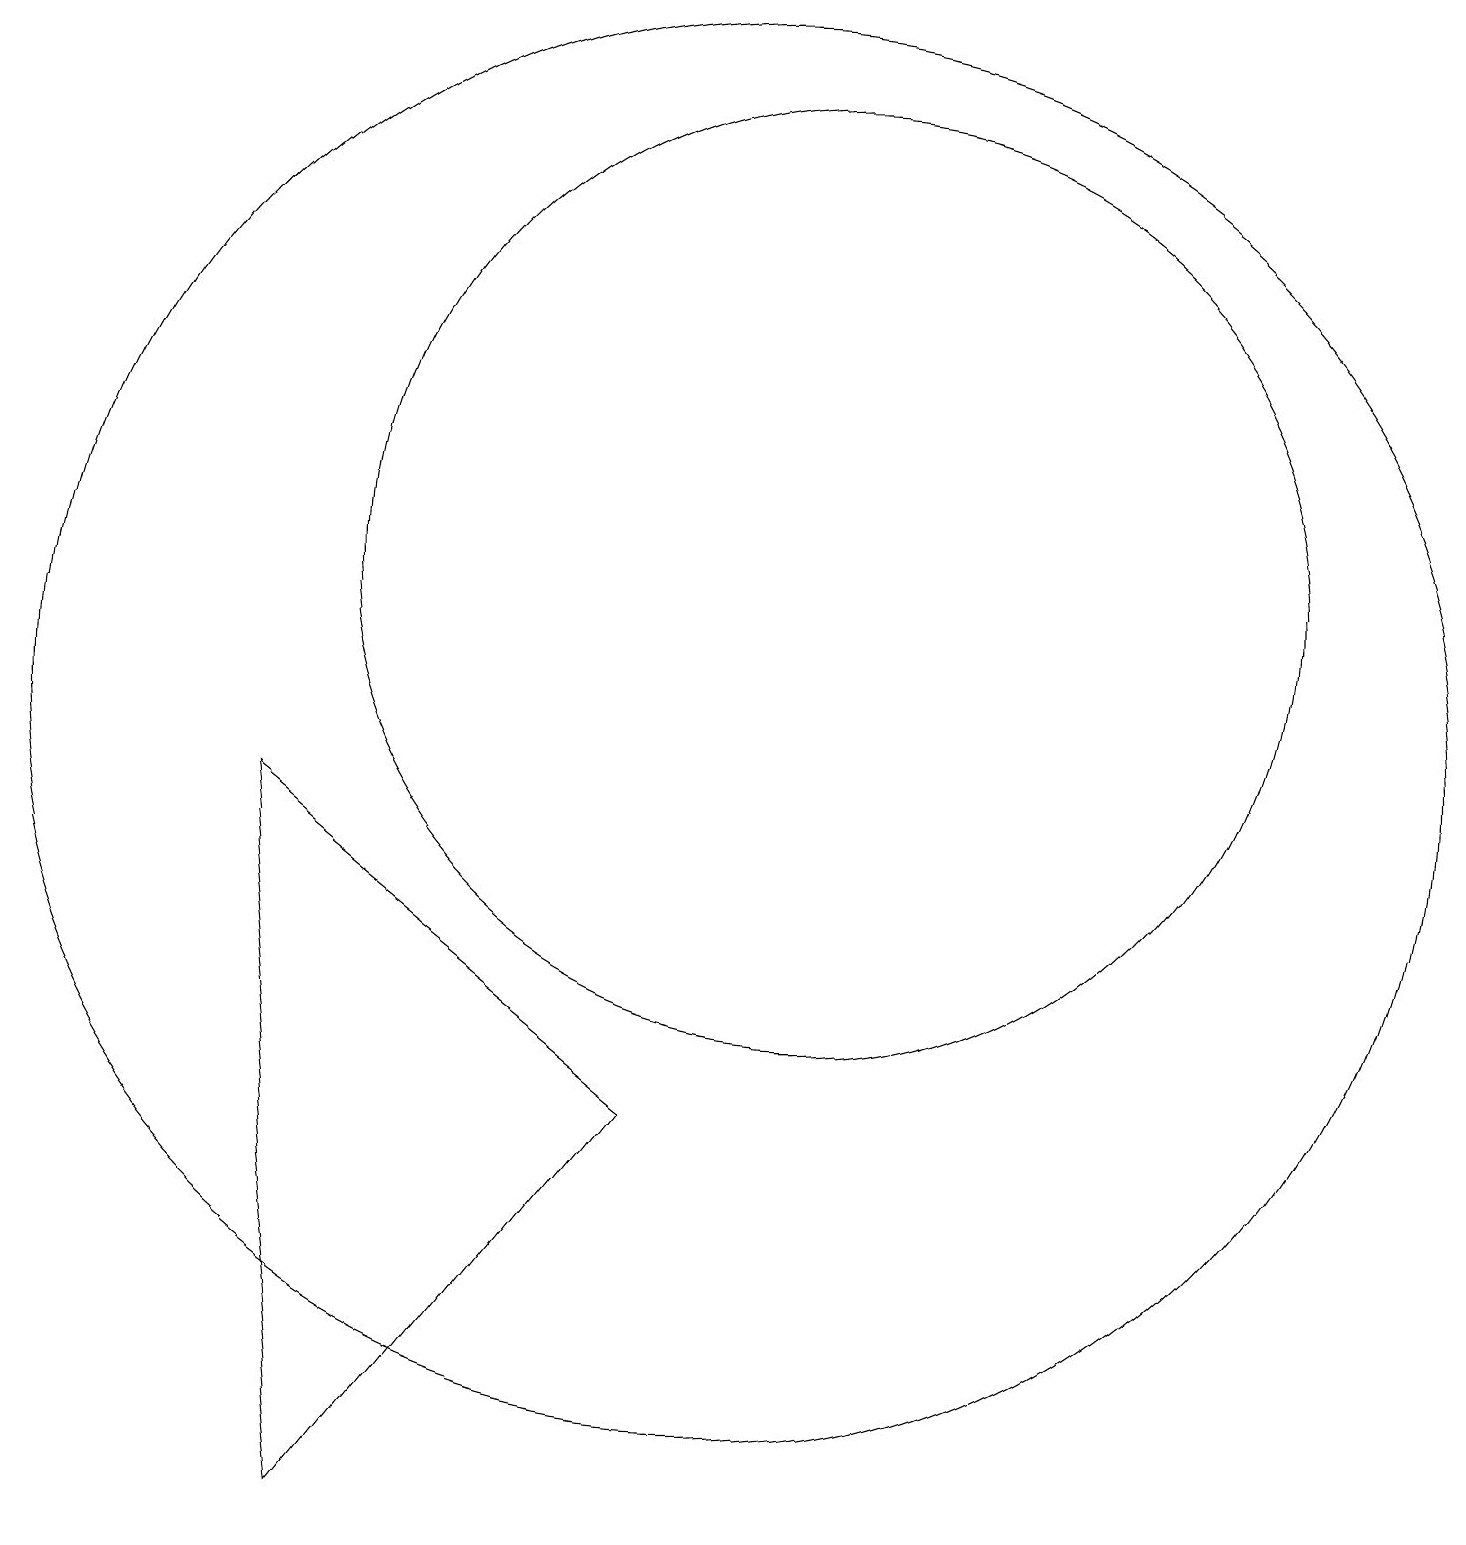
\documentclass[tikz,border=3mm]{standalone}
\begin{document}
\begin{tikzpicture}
\draw (11,12) circle (6);
\draw (10,10) circle (9);
\draw (5,0) -- (4,9) -- (9,5) -- cycle;
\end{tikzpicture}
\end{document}